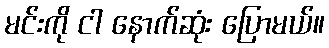
မင်းကို ငါ နောက်ဆုံး ပြောမယ်။